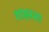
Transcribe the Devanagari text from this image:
शाइस्‍ता